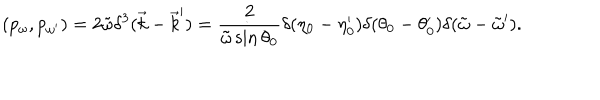
( p _ { \omega } , p _ { \omega ^ { \prime } } ) = 2 \tilde { \omega } \delta ^ { 3 } ( \vec { k } - \vec { k } ^ { \prime } ) = \frac { 2 } { \tilde { \omega } \sin \theta _ { 0 } } \delta ( \eta _ { 0 } - \eta _ { 0 } ^ { \prime } ) \delta ( \theta _ { 0 } - \theta _ { 0 } ^ { \prime } ) \delta ( \tilde { \omega } - \tilde { \omega } ^ { \prime } ) .